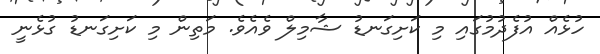
ހުޅެއް އުފެދުމުގައި މި ކަށިގަނޑު ޝާމިލް ވެއެވެ. މަތިން މި ކަށިގަނޑު ގުޅެނީ